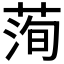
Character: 𦴥